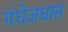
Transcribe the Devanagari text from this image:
गंधेजघास